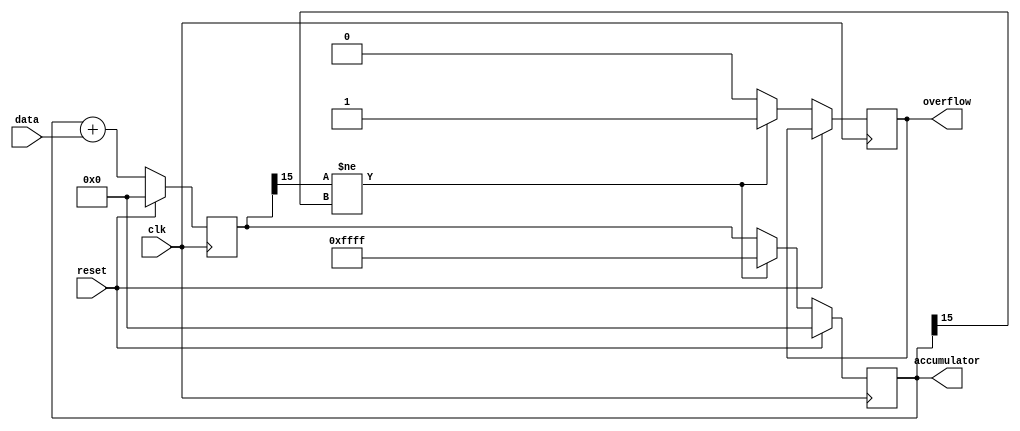
module accumulator (
    input reset,
    input clk,
    input [7:0] data,
    output reg [15:0] accumulator,
    output overflow
);

reg [15:0] temp_accumulator;

always @(posedge clk) begin
    if (reset) begin
        accumulator <= 16'b0;
        temp_accumulator <= 16'b0;
    end else begin
        temp_accumulator <= accumulator + data;
        if (temp_accumulator[15] != accumulator[15]) begin
            overflow <= 1;
            accumulator <= 16'b1111111111111111; // saturation handling
        end else begin
            overflow <= 0;
            accumulator <= temp_accumulator;
        end
    end
end

endmodule